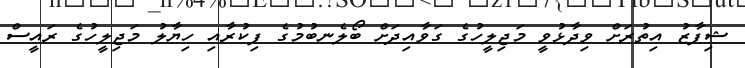
ޝިފާޒު އިތުރަށް ވިދާޅުވީ މަޖިލީހުގެ ގަވާއިދަށް ބޯލެނބުމުގެ ފިކުރާއި ހިޔާލު މަޖިލީހުގެ ރައީސް